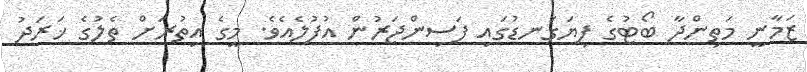
ޒަމާނީ މަތިންދާ ބޯޓުގެ ފިޔަގަނޑުގައި ފަސިންޖަރުން އުފުލެއެވެ. މީގެ އިތުރަށް ތެލުގެ ޚަރަދު